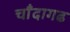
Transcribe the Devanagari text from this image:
चाँदागढ